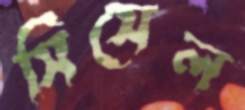
সিসেল